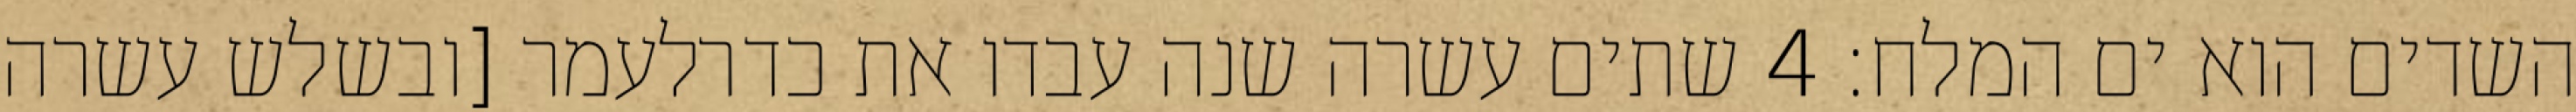
השדים הוא ים המלח׃ ‎4‏ שתים עשרה שנה עבדו את כדרלעמר [ובשלש עשרה